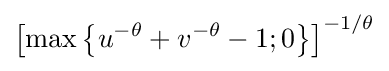
\left[\max \left\{u^{-\theta }+v^{-\theta }-1;0\right\}\right]^{-1/\theta }